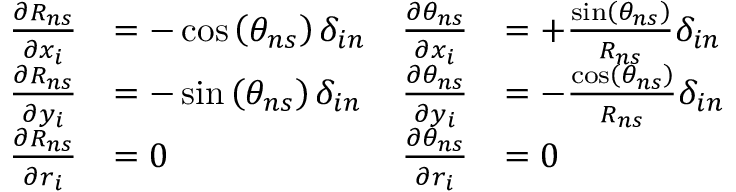
{ \begin{array} { r l r l } { \frac { \partial R _ { n s } } { \partial x _ { i } } } & { = - \cos \left( \theta _ { n s } \right) \delta _ { i n } } & { \frac { \partial \theta _ { n s } } { \partial x _ { i } } } & { = + \frac { \sin \left( \theta _ { n s } \right) } { R _ { n s } } \delta _ { i n } } \\ { \frac { \partial R _ { n s } } { \partial y _ { i } } } & { = - \sin \left( \theta _ { n s } \right) \delta _ { i n } } & { \frac { \partial \theta _ { n s } } { \partial y _ { i } } } & { = - \frac { \cos \left( \theta _ { n s } \right) } { R _ { n s } } \delta _ { i n } } \\ { \frac { \partial R _ { n s } } { \partial r _ { i } } } & { = 0 } & { \frac { \partial \theta _ { n s } } { \partial r _ { i } } } & { = 0 } \end{array} }